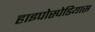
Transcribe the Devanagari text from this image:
हाइपोस्पेडियास